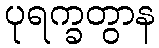
ပုရက္ခတွာန